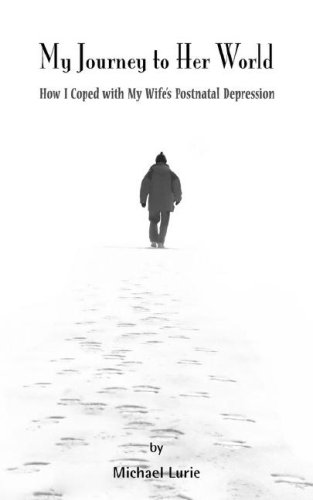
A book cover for My Journey to Her World; Michael Lurie; Health, Fitness & Dieting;